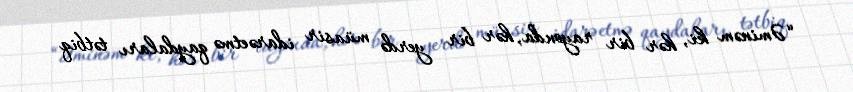
“Əminəm ki, hər bir rayonda, hər bir yerdə müasir idarəetmə qaydaları tətbiq